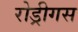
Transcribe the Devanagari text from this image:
रोड्रीगस